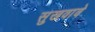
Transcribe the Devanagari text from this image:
सुखवावे